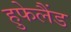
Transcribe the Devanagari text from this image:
हुफेलैंड